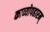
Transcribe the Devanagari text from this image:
काव्योपहारम्